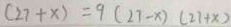
( 2 7 + x ) = 9 ( 2 7 - x ) ( 2 7 + x )